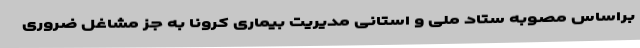
براساس مصوبه ستاد ملی و استانی مدیریت بیماری کرونا به جز مشاغل ضروری